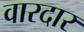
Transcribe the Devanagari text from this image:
वारदार